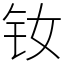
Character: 钕